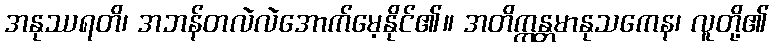
အနုဿရတိ၊ အဘန်တလဲလဲအောက်မေ့နိုင်၏။ အတိက္ကန္တမာနုသကေန၊ လူတို့၏